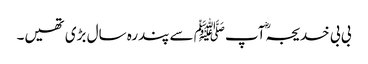
بی بی خدیجہؓ آپﷺ سے پندرہ سال بڑی تھیں۔